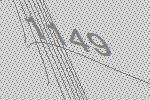
1149